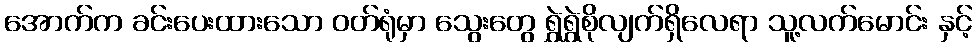
အောက်က ခင်းပေးထားသော ဝတ်ရုံမှာ သွေးတွေ ရွှဲရွှဲစိုလျက်ရှိလေရာ သူ့လက်မောင်း နှင့်